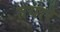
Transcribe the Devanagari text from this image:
तयारे